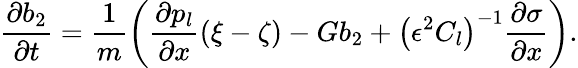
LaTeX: \frac{\partial b_{2}}{\partial t}=\frac{1}{m}\bigg(\frac{\partial p_{l}}{\partial x}(\xi-\zeta)-Gb_{2}+\left(\epsilon^{2}C_{l}\right)^{-1}\frac{\partial\sigma}{\partial x}\bigg).